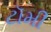
ટૉમી